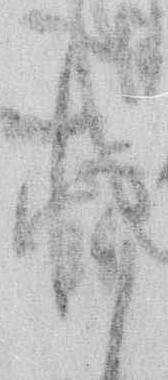
と